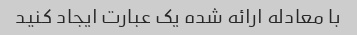
با معادله ارائه شده یک عبارت ایجاد کنید